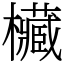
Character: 欌